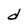
Character: d